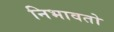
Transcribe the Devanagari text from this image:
निभावतो